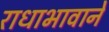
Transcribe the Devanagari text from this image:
राधाभावाने